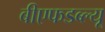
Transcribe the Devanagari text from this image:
बीएफडब्ल्यू